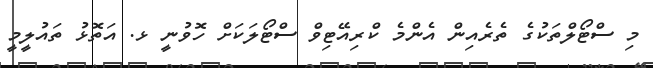
މި ސްޓޯލްތަކުގެ ތެރެއިން އެންމެ ކްރިއޭޓިވް ސްޓޯލަކަށް ހޮވުނީ ޅ. އަތޮޅު ތައުލީމީ